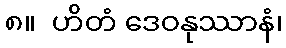
၈။  ဟိတံ ဒေဝနုဿာနံ၊